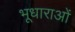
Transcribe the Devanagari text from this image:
भूधाराओं